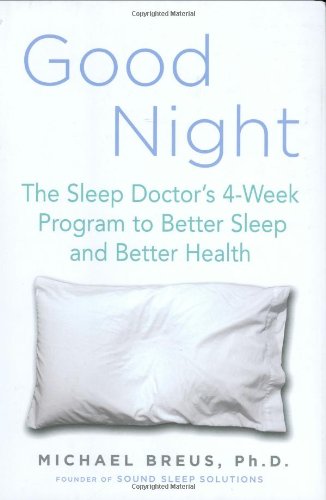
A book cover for Good Night: The Sleep Doctor's 4-Week Program to Better Sleep and Better Health; Dr. Michael Breus; Health, Fitness & Dieting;